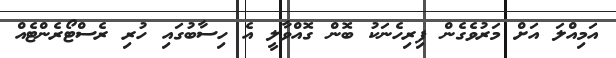
އަމިއްލަ އަށް މަރުވެގެން ފިރިހެނަކު ބޮން ގޮއްވާލީ އެ ހިސާބުގައި ހުރި ރެސްޓޯރެންޓެއް